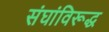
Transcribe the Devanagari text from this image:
संघांविरूद्ध